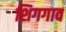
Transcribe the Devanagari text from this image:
शिगगाव